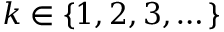
k \in \{ 1 , 2 , 3 , \dots \}